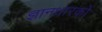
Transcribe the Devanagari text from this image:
ज्ञानधारकों